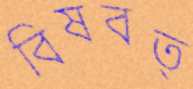
বিষবত্